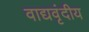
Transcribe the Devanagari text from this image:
वाद्यवृंदीय